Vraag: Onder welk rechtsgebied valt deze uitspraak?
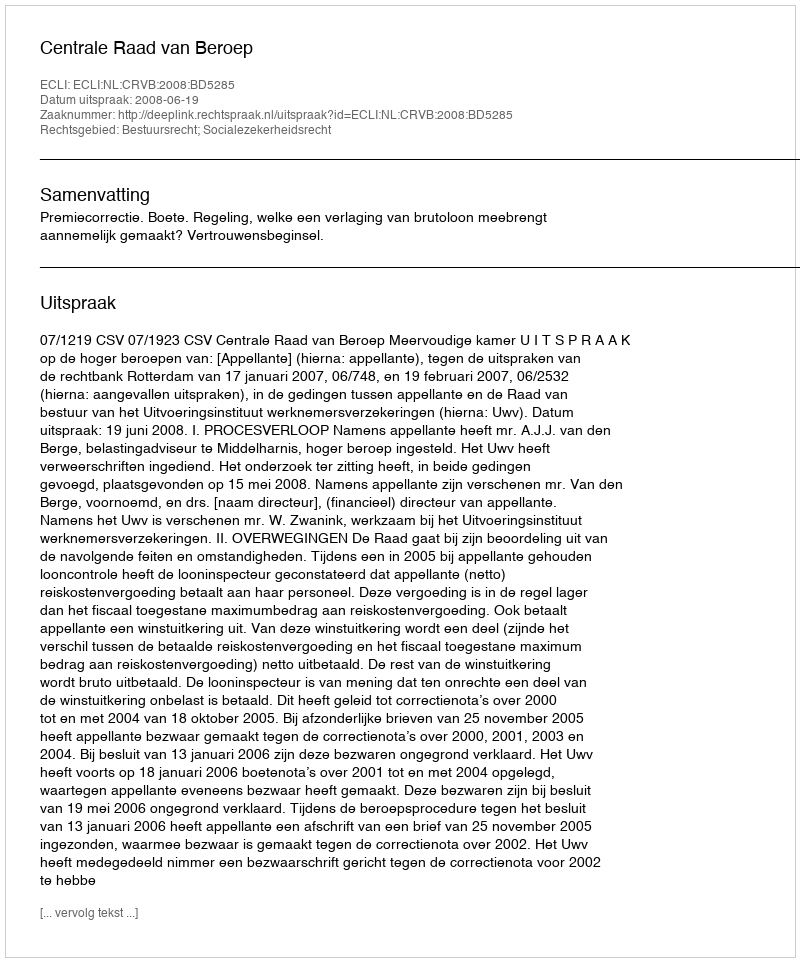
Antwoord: Bestuursrecht; Socialezekerheidsrecht